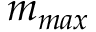
m _ { m a x }